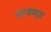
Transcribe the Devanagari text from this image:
तत्वम्।।